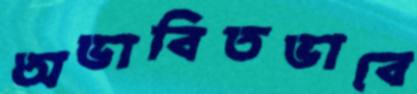
অভাবিতভাবে